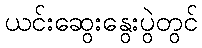
ယင်းဆွေးနွေးပွဲတွင်